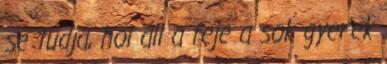
se tudja, hol áll a feje a sok gyerek